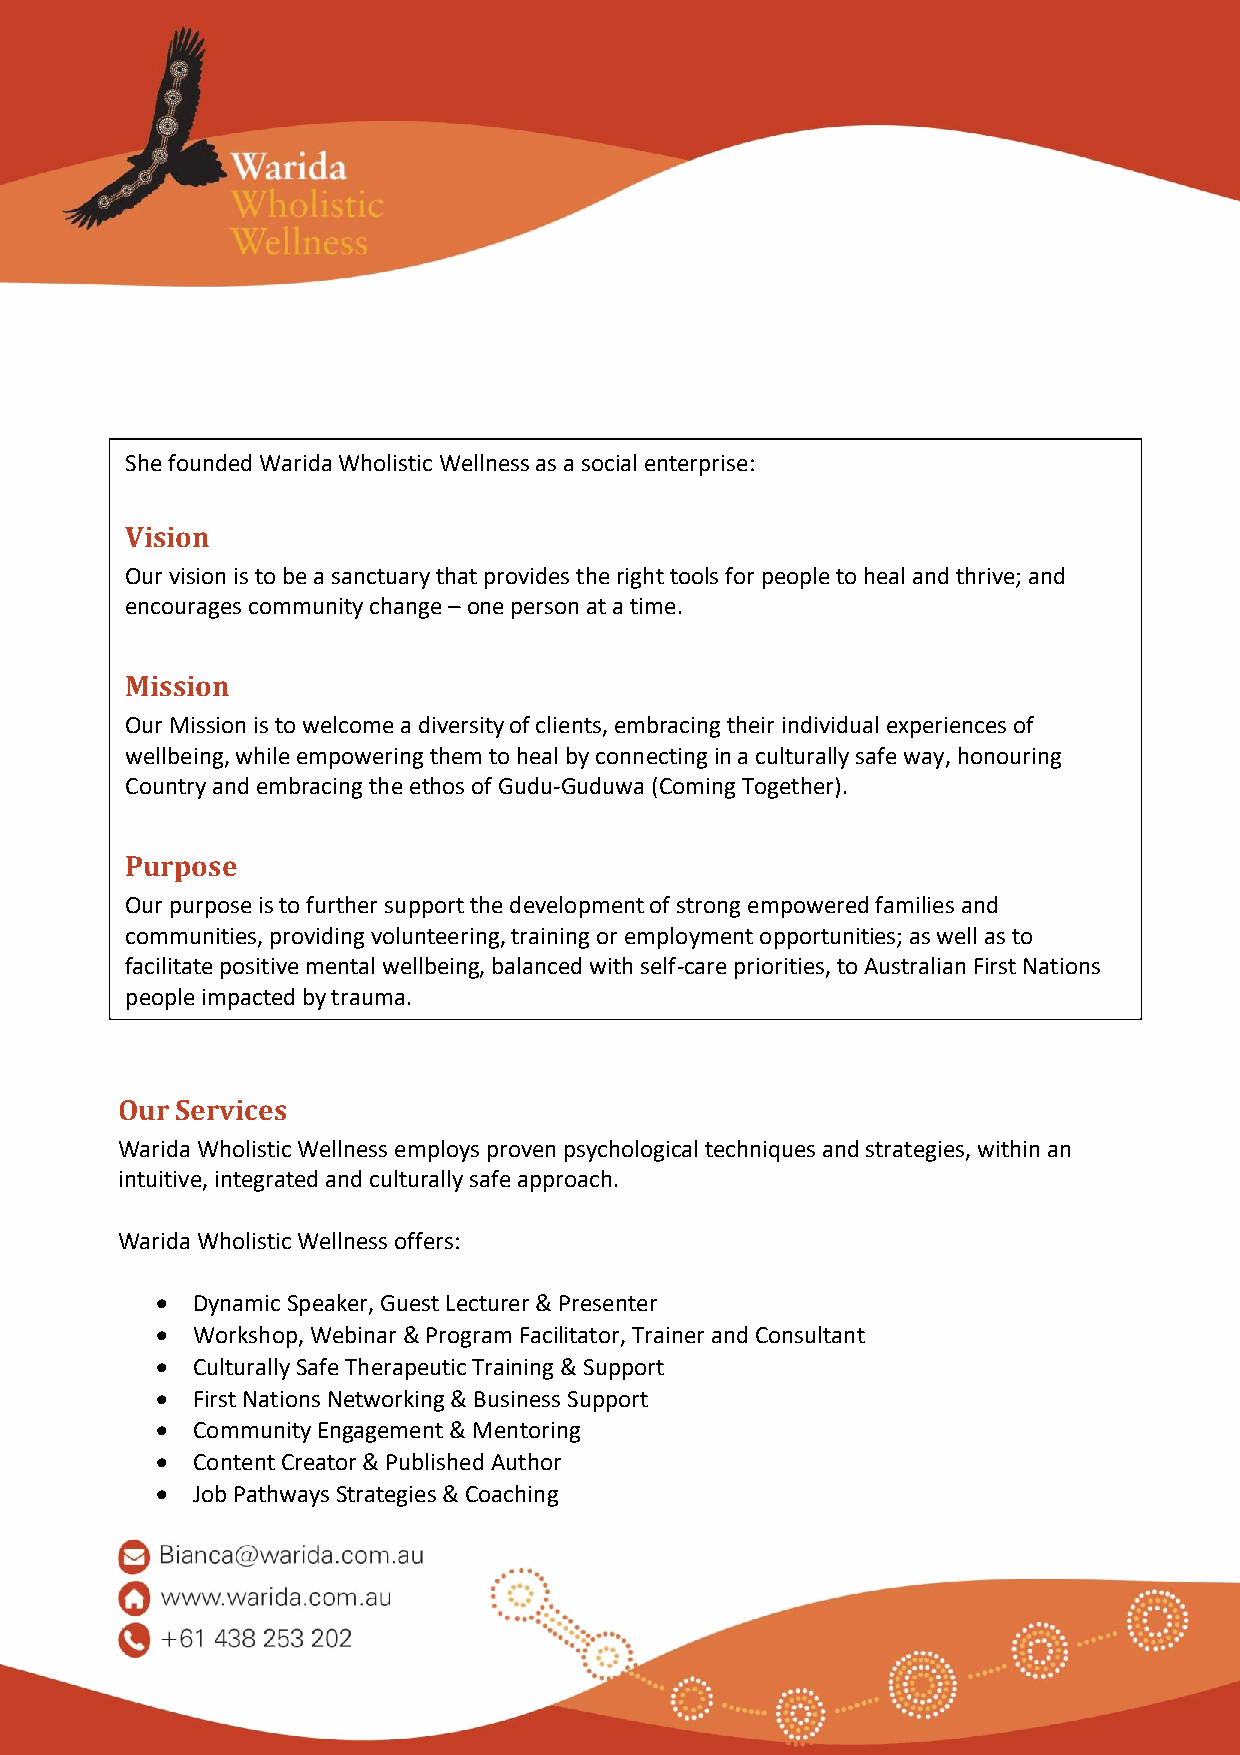
She founded Warida Wholistic Wellness as a social enterprise:
 Vision
 Our vision is to be a sanctuary that provides the right tools for people to heal and thrive; and
 encourages community change – one person at a time.
 Mission
 Our Mission is to welcome a diversity of clients, embracing their individual experiences of
 wellbeing, while empowering them to heal by connecting in a culturally safe way, honouring
 Country and embracing the ethos of Gudu-Guduwa (Coming Together).
 Purpose
 Our purpose is to further support the development of strong empowered families and
 communities, providing volunteering, training or employment opportunities; as well as to
 facilitate positive mental wellbeing, balanced with self-care priorities, to Australian First Nations
 people impacted by trauma.
 Our Services
 Warida Wholistic Wellness employs proven psychological techniques and strategies, within an
 intuitive, integrated and culturally safe approach.
 Warida Wholistic Wellness offers:
 •  Dynamic Speaker, Guest Lecturer & Presenter
 •  Workshop, Webinar & Program Facilitator, Trainer and Consultant
 •  Culturally Safe Therapeutic Training & Support
 •  First Nations Networking & Business Support
 •  Community Engagement & Mentoring
 •  Content Creator & Published Author
 •  Job Pathways Strategies & Coaching